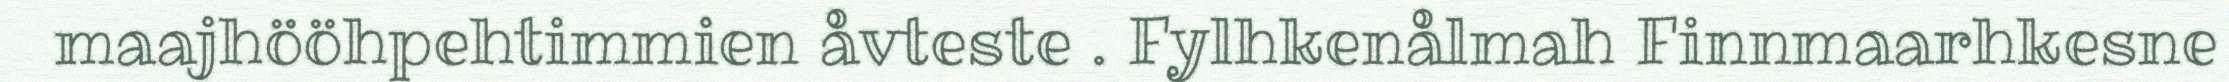
maajhööhpehtimmien åvteste . Fylhkenålmah Finnmaarhkesne